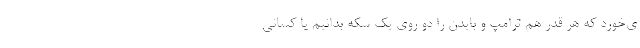
ی‌خورد که هر قدر هم ترامپ و بایدن را دو روی یک سکه بدانیم یا کسانی